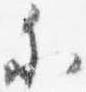
参